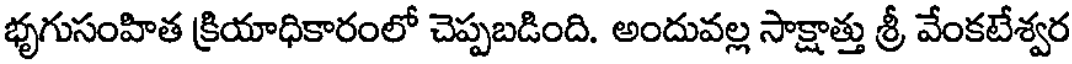
భృగుసంహిత క్రియాధికారంలో చెప్పబడింది. అందువల్ల సాక్షాత్తు శ్రీ వేంకటేశ్వర